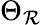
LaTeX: \Theta_{\mathcal{R}}